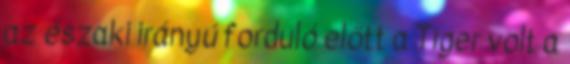
az északi irányú forduló előtt a Tiger volt a